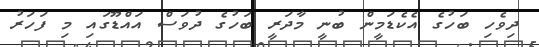
ދިވެހި ބަހުގެ އެކެޑަމީން ބުނީ މާދަރީ ބަހުގެ ދުވަސް އައްޑޫގައި މި ފަހަރު